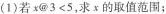
(1)若$$x @ 3 < 5$$，求x的取值范围；